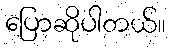
ပြောဆိုပါတယ်။